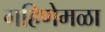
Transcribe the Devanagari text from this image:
गहिणेमळा